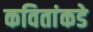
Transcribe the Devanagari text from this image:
कवितांकडे